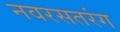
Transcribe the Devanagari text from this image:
नवरसतरंग